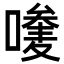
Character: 𠿆